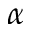
\alpha